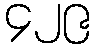
၄၂၉